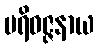
ပရိဝဇ္ဇနာယ